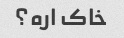
خاک اره؟